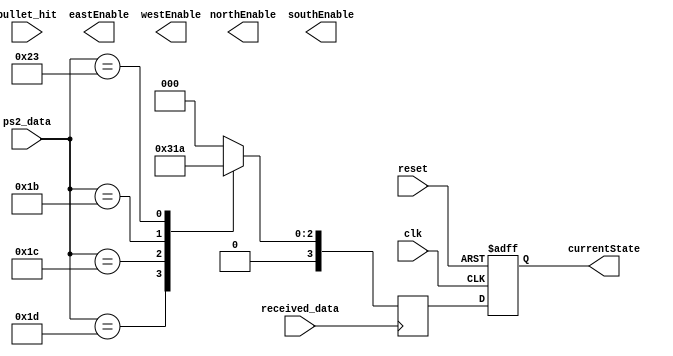
module PlayerFSM (
    input wire clk,         // Clock 
    input wire reset,     
    input wire [7:0] ps2_data, 
	 input wire received_data,
    input wire bullet_hit,  
    output reg [3:0] currentState, 
    output reg northEnable, eastEnable, southEnable, westEnable 
);

parameter IDLE = 4'b0000;
parameter MOVING_NORTH = 4'b0001;
parameter MOVING_EAST = 4'b0010;
parameter MOVING_SOUTH = 4'b0011;
parameter MOVING_WEST = 4'b0100;
parameter GAME_OVER = 4'b1111; // Game over state

reg [3:0] nextState;

always @ (posedge clk or posedge reset)
begin
    if (reset)
    begin
        currentState <= IDLE;
    end
    else
        currentState <= nextState;
end

always @ (posedge received_data)
begin
    case (ps2_data)
        8'h1D: nextState = MOVING_NORTH; // 'W' key
		  8'h1C: nextState = MOVING_WEST; // 'A' key
		  8'h1B: nextState = MOVING_SOUTH; // 'S' key
		  8'h23: nextState = MOVING_EAST; // 'D' key
		  default: nextState = IDLE; 
    endcase
end

// Output logic for movement direction enables
//always @*
//begin
//    //nextState = currentState;
//    northEnable = (nextState == MOVING_NORTH) ? 1'b1 : 1'b0;
//    eastEnable = (nextState == MOVING_EAST) ? 1'b1 : 1'b0;
//    southEnable = (nextState == MOVING_SOUTH) ? 1'b1 : 1'b0;
//    westEnable = (nextState == MOVING_WEST) ? 1'b1 : 1'b0;
//
//    if (bullet_hit)
//        nextState = GAME_OVER;
//end

endmodule